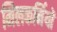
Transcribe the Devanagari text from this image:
मिलकर्मियों